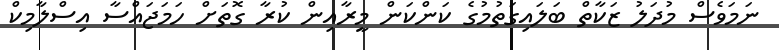
ނަމަވެސް މުދަލު ޒަކާތް ބަލައިގަތުމުގެ ކަންކަން މީރާއިން ކުރާ ގޮތަށް ހަމަޖައްސާ އިސްލާމިކް